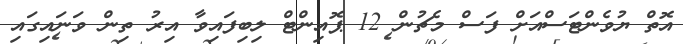
އޮތް ޔުވެންޓަސްއަށް ފަސް މެޗުން 12 ޕޮއިންޓް ލިބިފައިވާ އިރު ތިން ވަނައިގައި